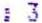
: 3